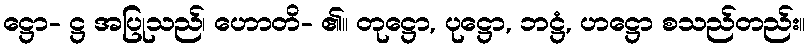
ဋ္ဌော- ဋ္ဌ အပြုသည်၊ ဟောတိ- ၏။ တုဋ္ဌော, ပုဋ္ဌော, ဘဋ္ဌံ, ဟဋ္ဌော စသည်တည်း။